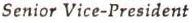
Senior Vice-President